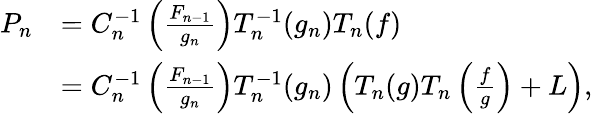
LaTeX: \begin{array}{rl}{P_{n}}&{=C_{n}^{-1}\left(\frac{F_{n-1}}{g_{n}}\right)T_{n}^{-1}(g_{n})T_{n}(f)}\\ &{=C_{n}^{-1}\left(\frac{F_{n-1}}{g_{n}}\right)T_{n}^{-1}(g_{n})\left(T_{n}(g)T_{n}\left(\frac{f}{g}\right)+L\right),}\end{array}